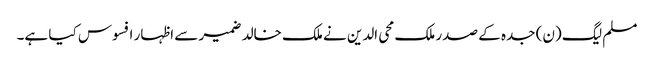
مسلم لیگ (ن) جدہ کے صدر ملک محی الدین نے ملک خالد ضمیر سے اظہار افسوس کیا ہے۔